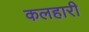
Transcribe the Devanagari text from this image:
कलहारी